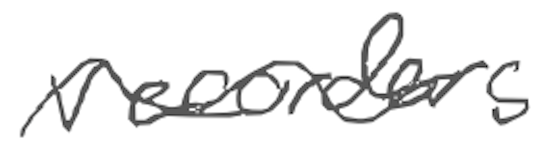
Text: recorders
Cross-out: wave
Writing tool: digital_gray